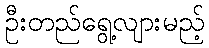
ဦးတည်ရွေ့လျားမည့်